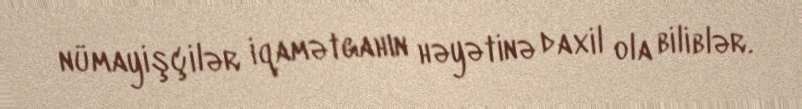
nümayişçilər iqamətgahın həyətinə daxil ola biliblər.